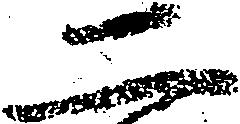
二